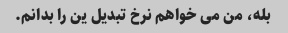
بله، من می خواهم نرخ تبدیل ین را بدانم.